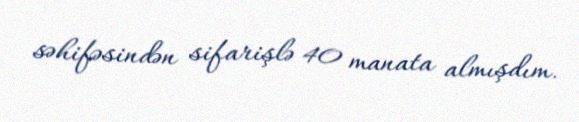
səhifəsindən sifarişlə 40 manata almışdım.